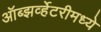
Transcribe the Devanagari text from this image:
ऑब्झर्व्हेटरीमध्ये